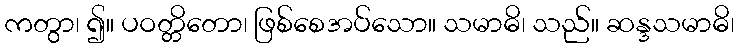
ကတွာ၊ ၍။ ပဝတ္တိတော၊ ဖြစ်စေအပ်သော။ သမာဓိ၊ သည်။ ဆန္ဒသမာဓိ၊